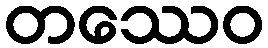
တဿေဝ